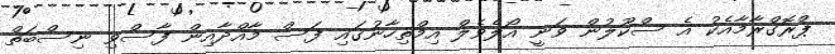
ޕްރޮގްރާމާއެކު އެ ސްކޫލުން ވަނީ އޯލެވެލް އިމްތިހާނުގައި ފަސް މާއްދާއިން ފާސްވި ނިސްބަތް